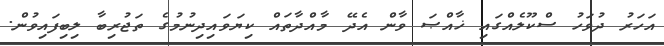
އަހަރު ދުވަހު ސްކޫލެއްގައި ޚާއްޞަ ވާން އެދޭ މާއްދާތައް ކިޔަވައިދިނުމުގެ ތަޖުރިބާ ލިބިފައިވުން.